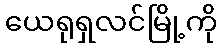
ယေရုရှလင်မြို့ကို